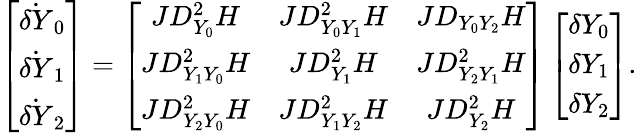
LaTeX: \left[\begin{array}{c}{\dot{\delta Y}_{0}}\\ {\dot{\delta Y}_{1}}\\ {\dot{\delta Y}_{2}}\end{array}\right]=\left[\begin{array}{ccc}{JD_{Y_{0}}^{2}H}&{JD_{Y_{0}Y_{1}}^{2}H}&{JD_{Y_{0}Y_{2}}H}\\ {JD_{Y_{1}Y_{0}}^{2}H}&{JD_{Y_{1}}^{2}H}&{JD_{Y_{2}Y_{1}}^{2}H}\\ {JD_{Y_{2}Y_{0}}^{2}H}&{JD_{Y_{1}Y_{2}}^{2}H}&{JD_{Y_{2}}^{2}H}\end{array}\right]\left[\begin{array}{c}{\delta Y_{0}}\\ {\delta Y_{1}}\\ {\delta Y_{2}}\end{array}\right].